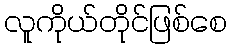
လူကိုယ်တိုင်ဖြစ်စေ